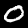
Digit: 0